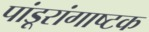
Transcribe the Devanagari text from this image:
पांडूरांगाष्टक